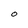
Character: O